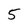
Character: 5